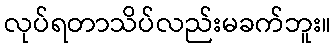
လုပ်ရတာသိပ်လည်းမခက်ဘူး။